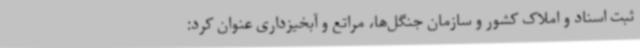
ثبت اسناد و املاک کشور و سازمان جنگل‌ها، مراتع و آبخیزداری عنوان کرد: